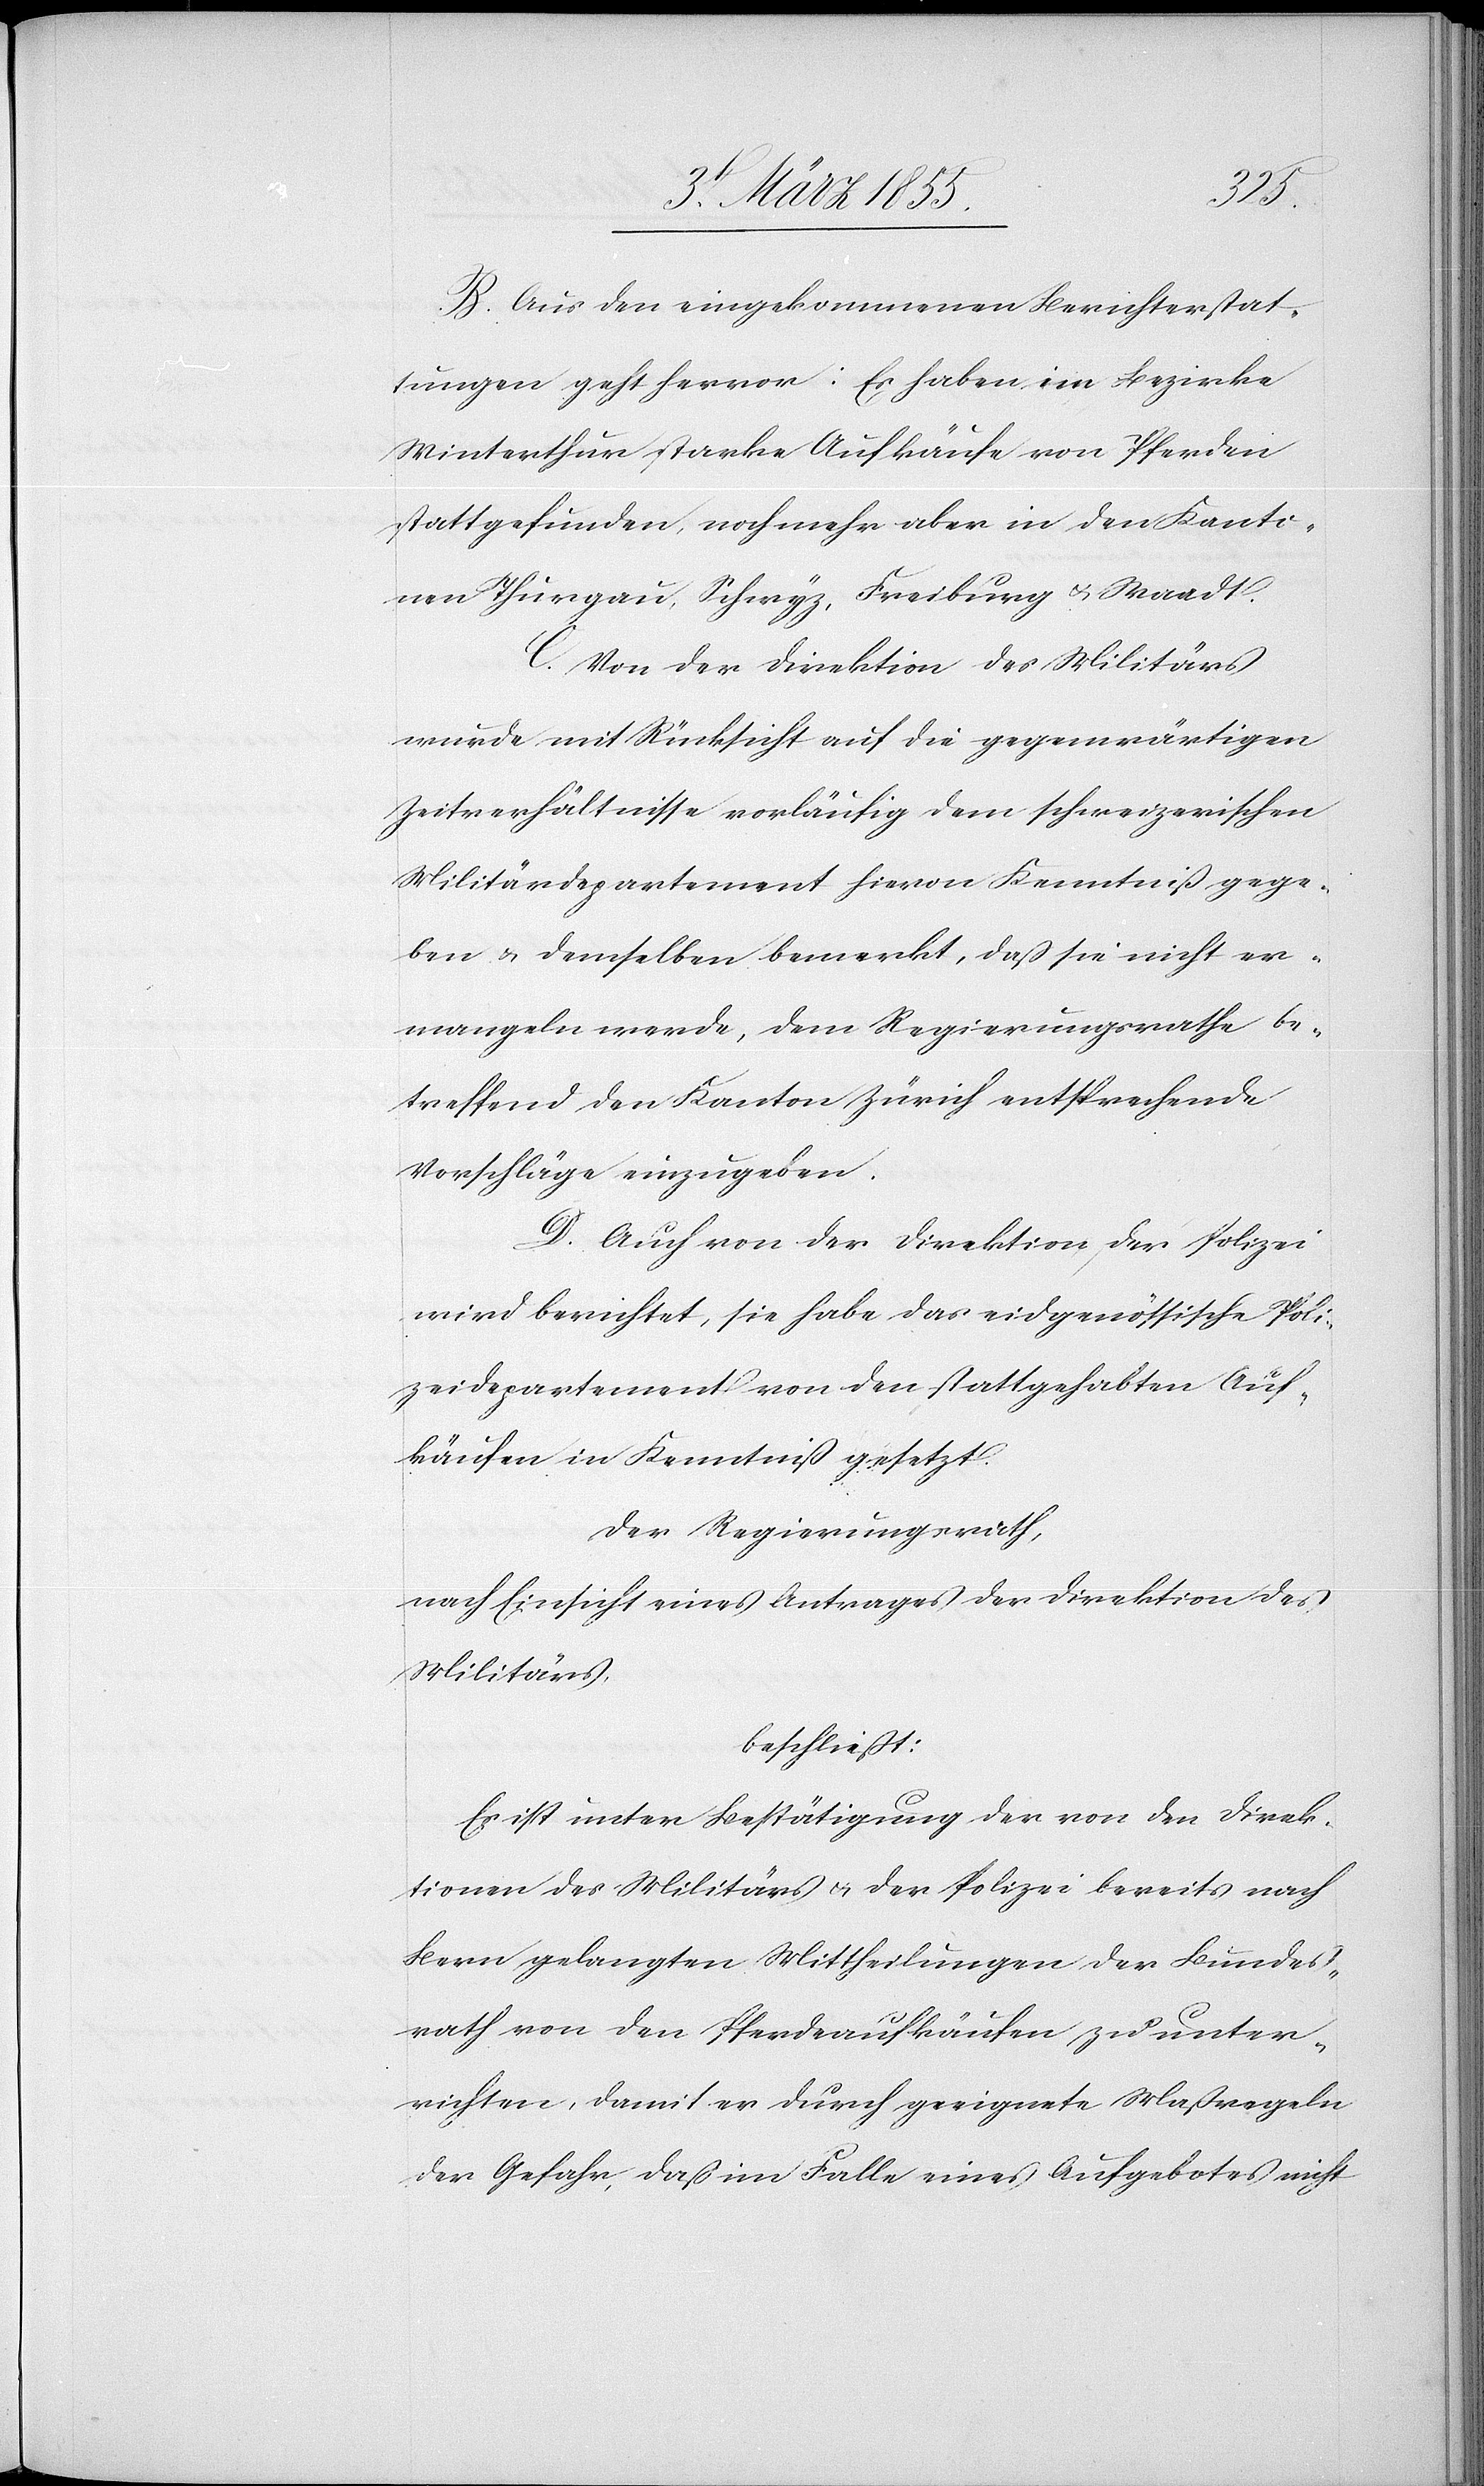
B. Aus den eingekommenen Berichterstat¬
tungen geht hervor: Es haben im Bezirke
Winterthur starke Aufkäufe von Pferden
stattgefunden, noch mehr aber in den Kanto¬
nen Thurgau, Schwyz, Freiburg & Waadt.
C. Von der Direktion des Militärs
wurde mit Rücksicht auf die gegenwärtigen
Zeitverhältnisse vorläufig dem schweizerischen
Militärdepartement hievon Kenntniß gege¬
ben & demselben bemerkt, daß sie nicht er¬
mangeln werde, dem Regierungsrathe be¬
treffend den Kanton Zürich entsprechende
Vorschläge einzugeben.
D. Auch von der Direktion der Polizei
wird berichtet, sie habe das eidgenössische Poli¬
zeidepartement von den stattgehabten Auf¬
käufen in Kenntniß gesetzt.
Der Regierungsrath,
nach Einsicht eines Antrages der Direktion des
Militärs,
beschließt:
Es ist unter Bestätigung der von den Direk¬
tionen des Militärs & der Polizei bereits nach
Bern gelangten Mittheilungen der Bundes¬
rath von den Pferdeaufkäufen zu unter¬
richten, damit er durch geeignete Maßregeln
der Gefahr, daß im Falle eines Aufgebotes nicht